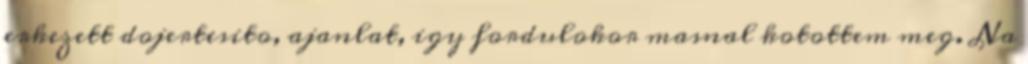
erkezett dojertesito, ajanlat, igy fordulokor masnal kotottem meg. Na